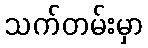
သက်တမ်းမှာ